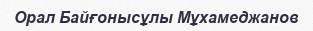
Орал Байғонысұлы Мұхамеджанов